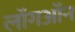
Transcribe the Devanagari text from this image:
लॉगऑन